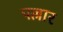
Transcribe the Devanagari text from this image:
पल्लार